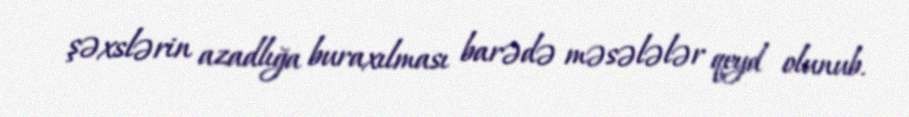
şəxslərin azadlığa buraxılması barədə məsələlər qeyd olunub.